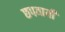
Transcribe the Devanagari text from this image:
छपवायीं